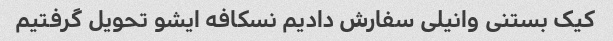
کیک بستنی وانیلی سفارش دادیم نسکافه ایشو تحویل گرفتیم